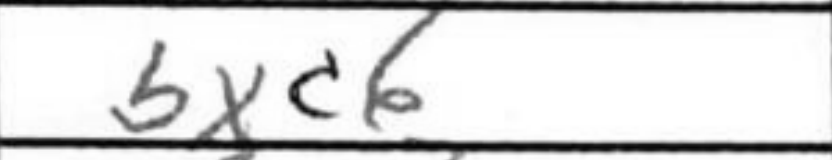
Transcription: bxc6